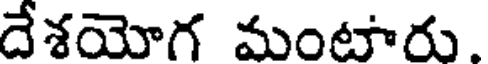
దేశయోగ మంటారు.